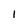
Character: I